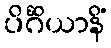
ပိင်္ဂိယာနိံ